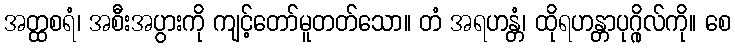
အတ္ထစရံ၊ အစီးအပွားကို ကျင့်တော်မူတတ်သော။ တံ အရဟန္တံ၊ ထိုရဟန္တာပုဂ္ဂိုလ်ကို။ စေ